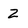
Character: 2